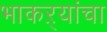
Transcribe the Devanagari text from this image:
भाकऱ्यांचा